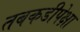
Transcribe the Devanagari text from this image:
तबकडीपेक्षा